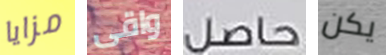
مزايا واقى حاصل يكن